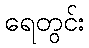
ရေတွင်း